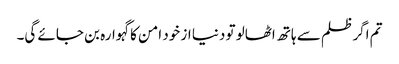
تم اگر ظلم سے ہاتھ اٹھالو تو دنیا از خود امن کا گہوارہ بن جائے گی۔